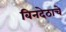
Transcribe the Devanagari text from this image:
बिनदेठाचे